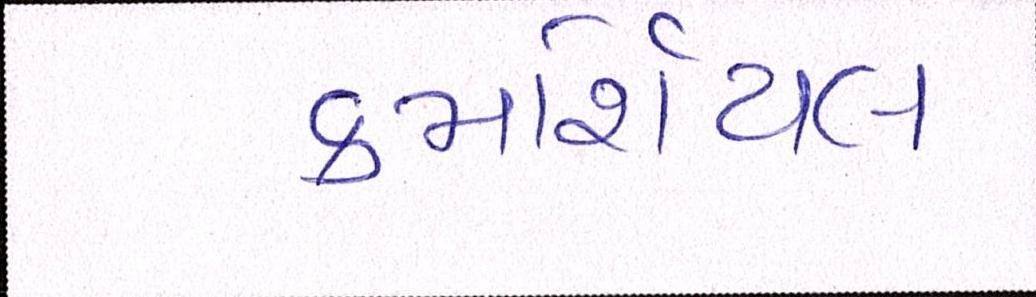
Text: કમર્શિયલ